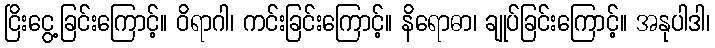
ငြိးငွေ့ခြင်းကြောင့်။ ဝိရာဂါ၊ ကင်းခြင်းကြောင့်။ နိရောဓာ၊ ချုပ်ခြင်းကြောင့်။ အနုပါဒါ၊